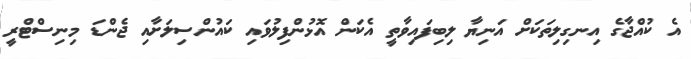
އެ ކުއްޖާގެ އިނގިލިތަކަށް އަނިޔާ ލިބިފައިވާތީ އެކަން އޮޅުންފިލުވައި ކައުންސިލަށާއިި ޖެންޑަ މިނިސްޓްރީ